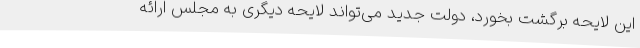
این لایحه برگشت بخورد، دولت جدید می‌تواند لایحه دیگری به مجلس ارائه